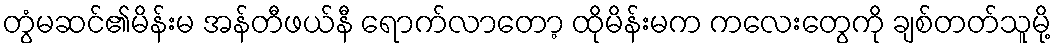
တွံမဆင်၏မိန်းမ အန်တီဖယ်နီ ရောက်လာတော့ ထိုမိန်းမက ကလေးတွေကို ချစ်တတ်သူမို့